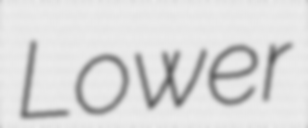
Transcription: Lower